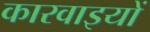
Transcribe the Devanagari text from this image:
कारवाइयों